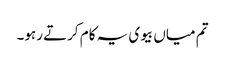
تم میاں بیوی یہ کام کرتے رہو۔